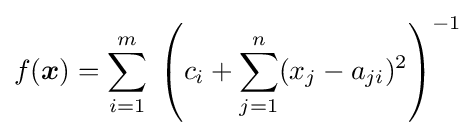
f({\boldsymbol {x}})=\sum _{i=1}^{m}\;\left(c_{i}+\sum \limits _{j=1}^{n}(x_{j}-a_{ji})^{2}\right)^{-1}